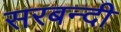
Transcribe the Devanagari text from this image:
सरबन्दी